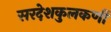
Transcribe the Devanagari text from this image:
सरदेशकुलकर्णी